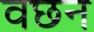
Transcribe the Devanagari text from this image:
वछन